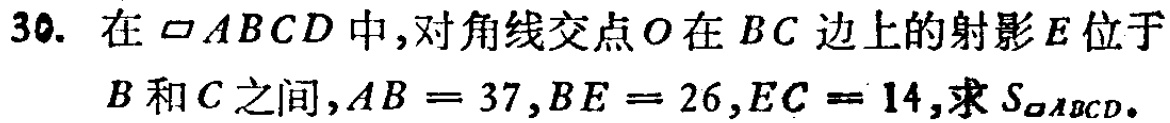
30. 在$\square ABCD$中, 对角线交点$O$在$BC$边上的射影$E$位于$B$和$C$之间,$AB = 37$,$BE = 26$,$EC = 14$, 求$S_{\square ABCD}$.